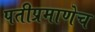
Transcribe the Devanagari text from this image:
पतीप्रमाणेच